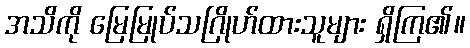
အသိကို မြေမြုပ်သဂြိုဟ်ထားသူများ ရှိကြ၏။